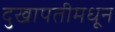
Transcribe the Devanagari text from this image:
दुखापतीमधून